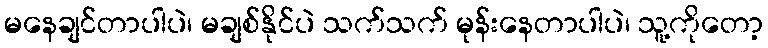
မနေချင်တာပါပဲ၊ မချစ်နိုင်ပဲ သက်သက် မုန်းနေတာပါပဲ၊ သူ့ကိုတော့